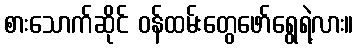
စားသောက်ဆိုင် ဝန်ထမ်းတွေဖော်ရွေရဲ့လား။